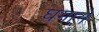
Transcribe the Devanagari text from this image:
घमाने